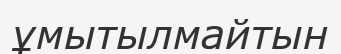
ұмытылмайтын